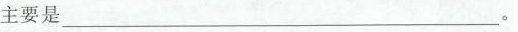
主要是___。